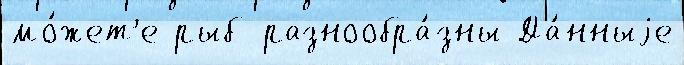
мо́жет'е рыб разнообра́зны Да́нныjе